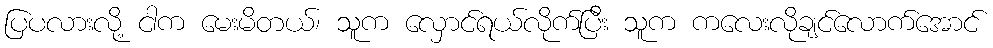
ပြပလားလို့ ငါက မေးမိတယ်၊ သူက လှောင်ရယ်လိုက်ပြီး သူက ကလေးလိုချင်လောက်အောင်